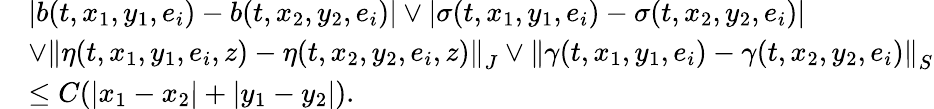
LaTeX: \begin{array}{rl}&{\left|b(t,x_{1},y_{1},e_{i})-b(t,x_{2},y_{2},e_{i})\right|\vee\left|\sigma(t,x_{1},y_{1},e_{i})-\sigma(t,x_{2},y_{2},e_{i})\right|}\\ &{\vee\left\| \eta(t,x_{1},y_{1},e_{i},z)-\eta(t,x_{2},y_{2},e_{i},z)\right\| _{J}\vee\left\| \gamma(t,x_{1},y_{1},e_{i})-\gamma(t,x_{2},y_{2},e_{i})\right\| _{S}}\\ &{\leq C(\left|x_{1}-x_{2}\right|+\left|y_{1}-y_{2}\right|).}\end{array}